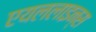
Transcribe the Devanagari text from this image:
एयललाइन्स